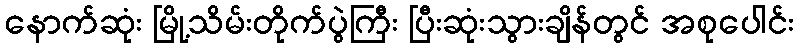
နောက်ဆုံး မြို့သိမ်းတိုက်ပွဲကြီး ပြီးဆုံးသွားချိန်တွင် အစုပေါင်း